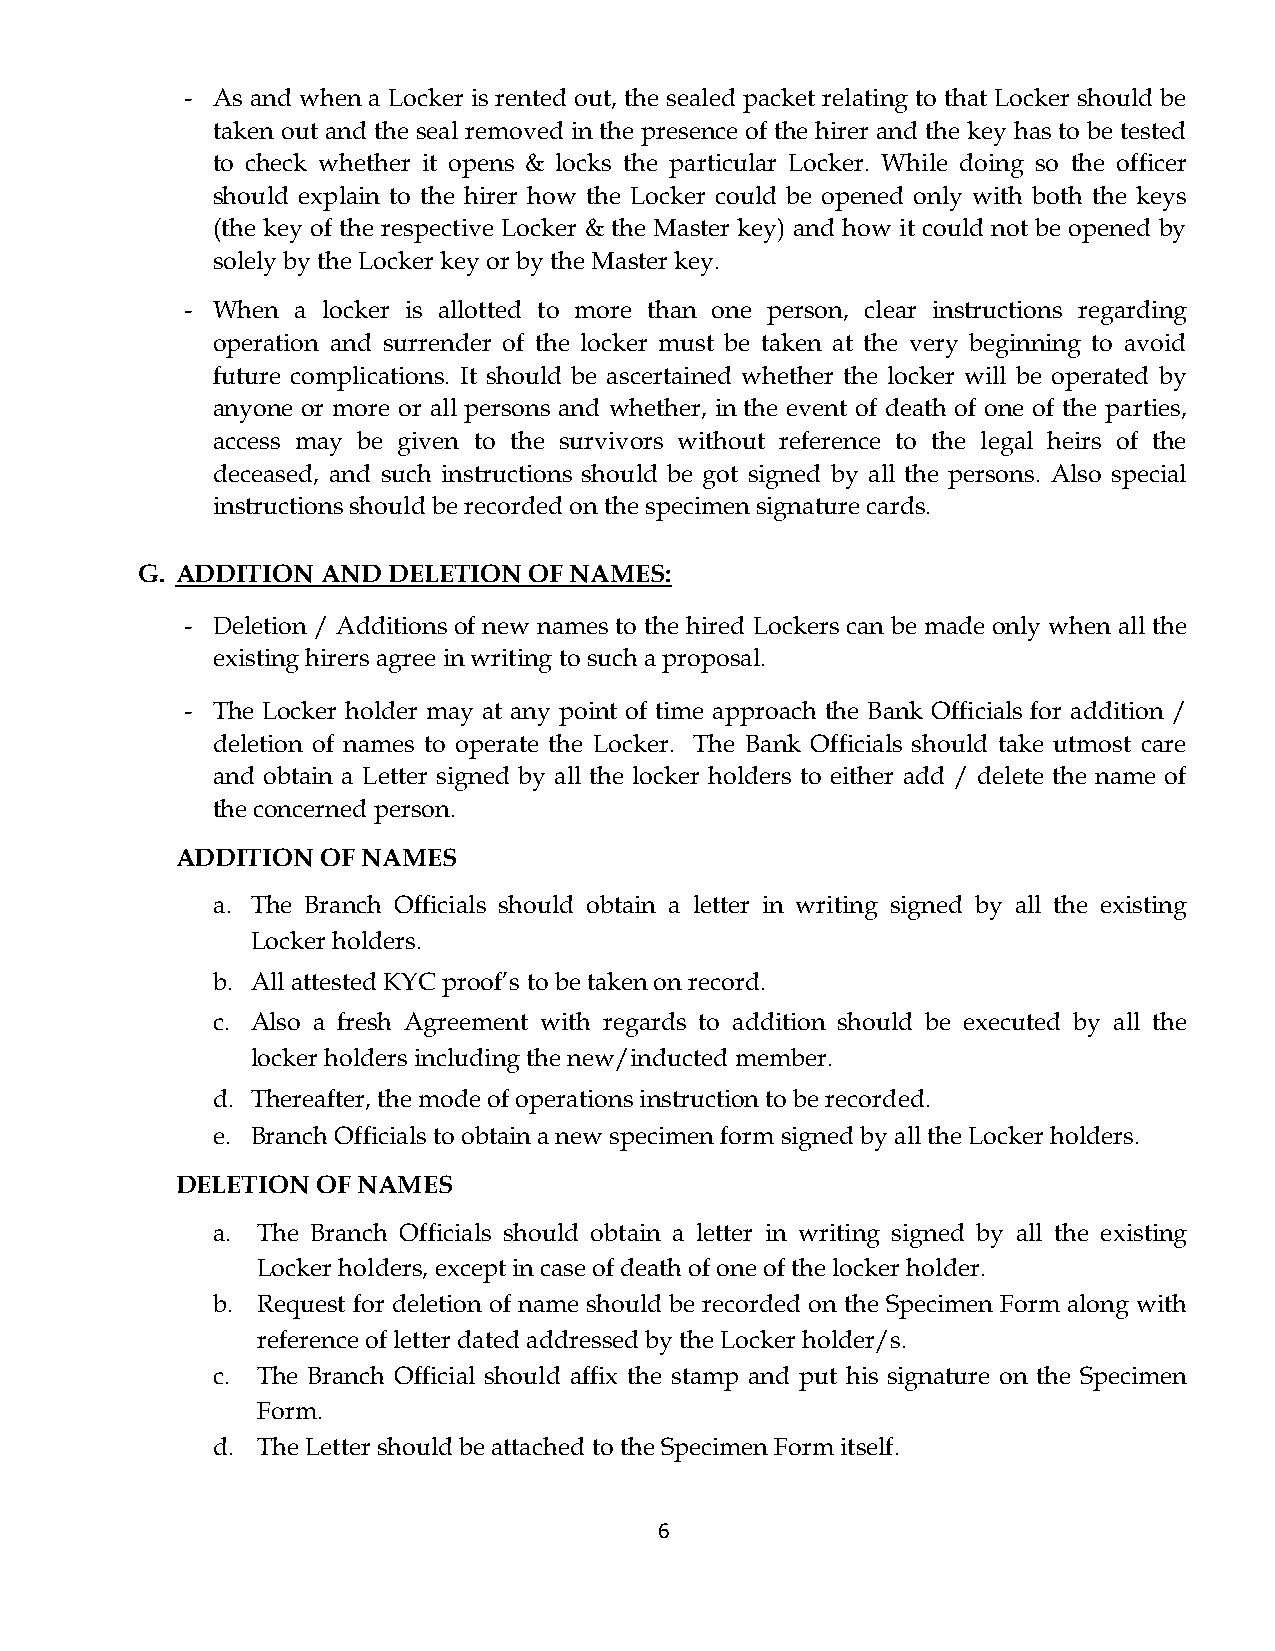
- As and when a Locker is rented out, the sealed packet relating to that Locker should be
 taken out and the seal removed in the presence of the hirer and the key has to be tested
 to check whether it opens & locks the particular Locker. While doing so the officer
 should explain to the hirer how the Locker could be opened only with both the keys
 (the key of the respective Locker & the Master key) and how it could not be opened by
 solely by the Locker key or by the Master key.
 - When a locker is allotted to more than one person, clear instructions regarding
 operation and surrender of the locker must be taken at the very beginning to avoid
 future complications. It should be ascertained whether the locker will be operated by
 anyone or more or all persons and whether, in the event of death of one of the parties,
 access may be given to the survivors without reference to the legal heirs of the
 deceased, and such instructions should be got signed by all the persons. Also special
 instructions should be recorded on the specimen signature cards.
 G. ADDITION AND  DELETION OF NAMES:
 - Deletion / Additions of new names to the hired Lockers can be made only when all the
 existing hirers agree in writing to such a proposal.
 - The Locker holder may at any point of time approach the Bank Officials for addition /
 deletion of names to operate the Locker. The Bank Officials should take utmost care
 and obtain a Letter signed by all the locker holders to either add / delete the name of
 the concerned person.
 ADDITION OF NAMES
 a. The Branch Officials should obtain a letter in writing signed by all the existing
 Locker holders.
 b. All attested KYC proof’s to be taken on record.
 c. Also a fresh Agreement with regards to addition should be executed by all the
 locker holders including the new/inducted member.
 d. Thereafter, the mode of operations instruction to be recorded.
 e. Branch Officials to obtain a new specimen form signed by all the Locker holders.
 DELETION OF NAMES
 a. The Branch Officials should obtain a letter in writing signed by all the existing
 Locker holders, except in case of death of one of the locker holder.
 b. Request for deletion of name should be recorded on the Specimen Form along with
 reference of letter dated addressed by the Locker holder/s.
 c. The Branch Official should affix the stamp and put his signature on the Specimen
 Form.
 d. The Letter should be attached to the Specimen Form itself.
 6